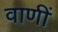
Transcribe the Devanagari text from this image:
वाणीं